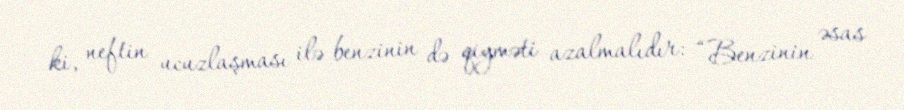
ki, neftin ucuzlaşması ilə benzinin də qiyməti azalmalıdır: “Benzinin əsas